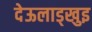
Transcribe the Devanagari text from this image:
देऊलाड्खुइ